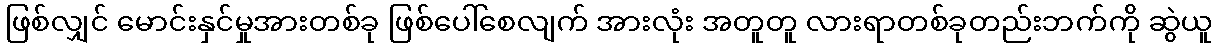
ဖြစ်လျှင် မောင်းနှင်မှုအားတစ်ခု ဖြစ်ပေါ်စေလျက် အားလုံး အတူတူ လားရာတစ်ခုတည်းဘက်ကို ဆွဲယူ